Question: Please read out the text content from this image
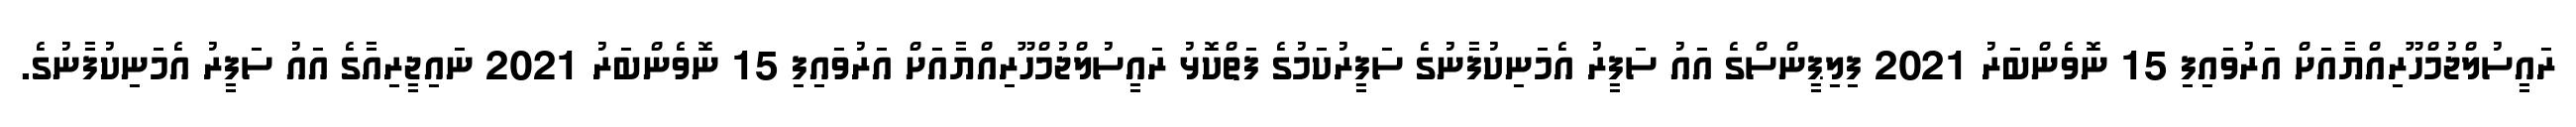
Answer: ރައީސުލްޖުމްހޫރިއްޔާއަށް އަރުވައިފި 15 ނޮވެންބަރު 2021 ފިލިޕީންސްގެ އައު ސަފީރު އެމަނިކުފާނުގެ ސަފީރުކަމުގެ ފަތްކޮޅު ރައީސުލްޖުމްހޫރިއްޔާއަށް އަރުވައިފި 15 ނޮވެންބަރު 2021 ނައިޖީރިއާގެ އައު ސަފީރު އެމަނިކުފާނުގެ.